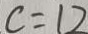
c = 1 2